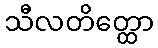
သီလတိတ္ထော